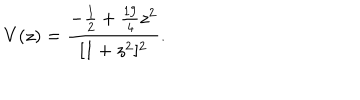
V ( z ) = \frac { - \frac { 1 } { 2 } + \frac { 1 9 } { 4 } z ^ { 2 } } { [ 1 + z ^ { 2 } ] ^ { 2 } } .